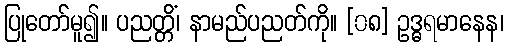
ပြုတော်မူ၍။ ပညတ္တိံ၊ နာမည်ပညတ်ကို။ [၀၈] ဥဒ္ဓရမာနေန၊